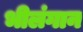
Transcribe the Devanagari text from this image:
भीलंगान